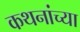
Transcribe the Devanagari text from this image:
कथनांच्या